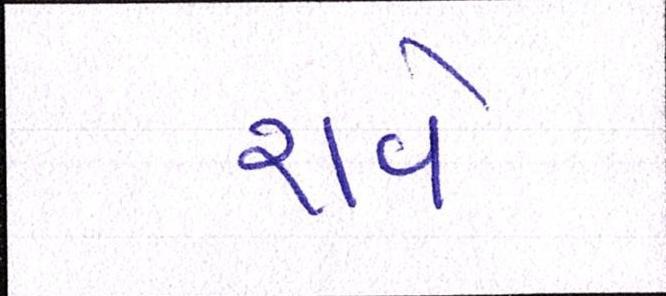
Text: રાવે